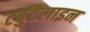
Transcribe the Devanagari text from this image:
टर्बुटैलाइन